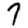
Digit: 7